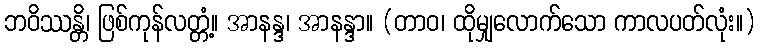
ဘဝိဿန္တိ၊ ဖြစ်ကုန်လတ္တံ့။ အာနန္ဒ၊ အာနန္ဒာ။ (တာဝ၊ ထိုမျှလောက်သော ကာလပတ်လုံး။)